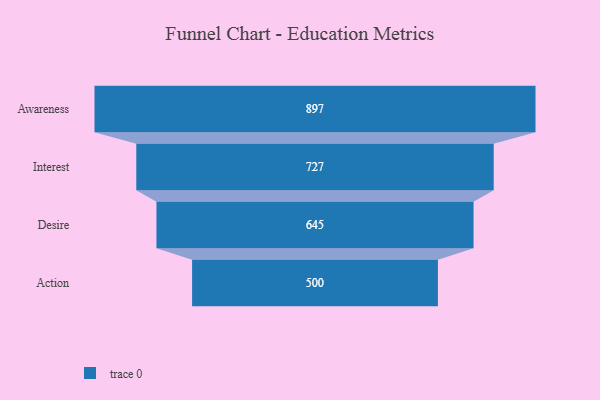
{"axis": {"x": "Stage", "y": "Value"}, "legend": [""], "data": [{"x": "Awareness", "y": 897.0, "type": ""}, {"x": "Interest", "y": 727.0, "type": ""}, {"x": "Desire", "y": 645.0, "type": ""}, {"x": "Action", "y": 500, "type": ""}]}